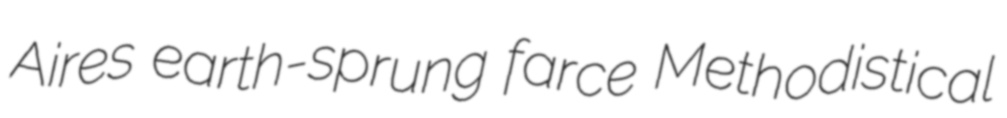
Aires earth-sprung farce Methodistical